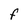
Character: F